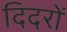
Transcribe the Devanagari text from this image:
दिदरों